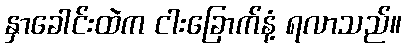
နှာခေါင်းထဲက ငါးခြောက်နံ့ ရလာသည်။